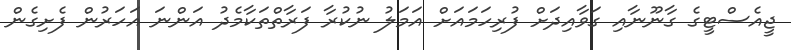
ޖީއެސްޓީގެ ގާނޫނާއި ގަވާއިދަށް ފުރިހަމައަށް އަމަލު ނުކުރާ ފަރާތްތަކާމެދު އަންނަ އަހަރުން ފެށިގެން